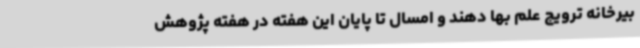
بیرخانه ترویج علم بها دهند و امسال تا پایان این هفته در هفته پژوهش